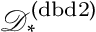
\mathcal { D } _ { * } ^ { ( \mathrm { d b d 2 } ) }